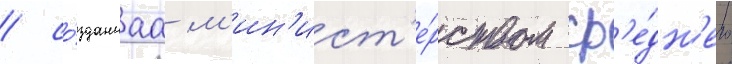
/ со́зданнаа м'ин'ист'е́рством ср'е́дн'его